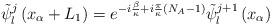
\begin{align*}{\tilde \psi}_{l}^{j}\left(x_{\alpha}+L_{1}\right)= e^{-i\frac{\beta}{\kappa} + i\frac{\pi}{\kappa}\left(N_{A}-1\right)}{\tilde \psi}_{l}^{j+1}\left(x_{\alpha}\right)\end{align*}